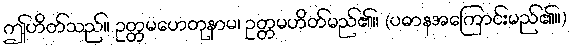
ဤဟိတ်သည်။ ဥတ္တမဟေတုနာမ၊ ဥတ္တမဟိတ်မည်၏။ (ပဓာနအကြောင်းမည်၏။)